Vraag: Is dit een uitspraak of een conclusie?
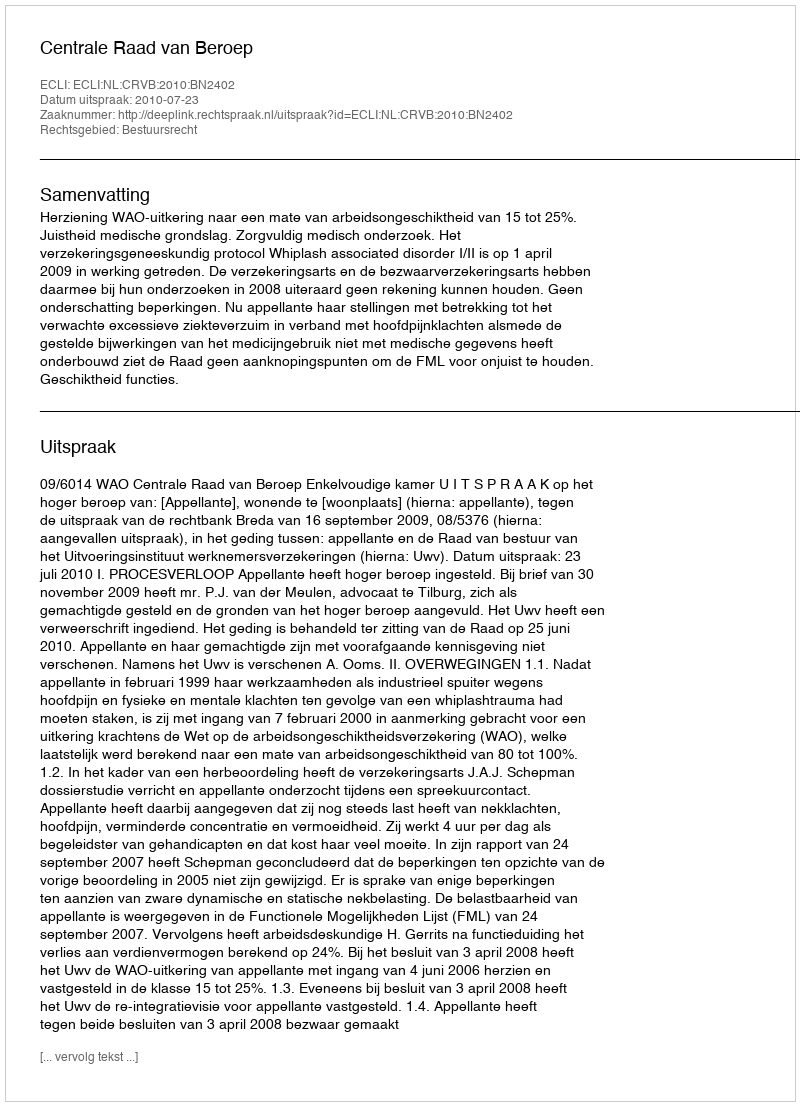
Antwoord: Uitspraak